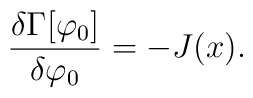
\frac{\delta\Gamma[\varphi_{0}]}{\delta\varphi_{0}}=-J(x).